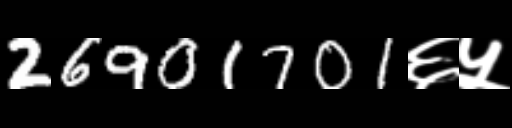
Text: 26901701६५